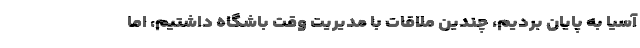
آسیا به پایان بردیم، چندین ملاقات با مدیریت وقت باشگاه داشتیم، اما